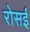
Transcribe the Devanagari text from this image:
रोसई